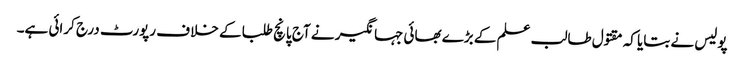
پولیس نے بتایا کہ مقتول طالب علم کے بڑے بھائی جہانگیر نے آج پانچ طلبا کے خلا ف رپورٹ درج کرائی ہے۔